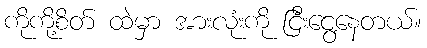
ကိုကို့စိတ် ထဲမှာ အားလုံးကို ငြီးငွေ့နေတယ်။